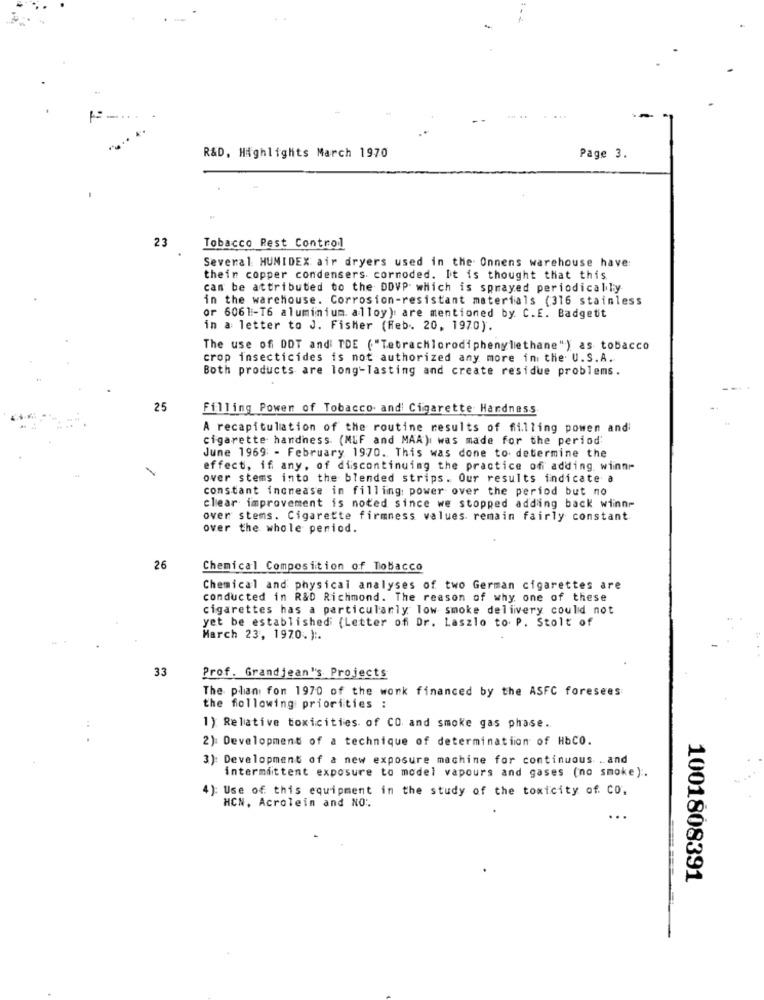
R&D, Highlights March 1970
Page 3.
23
Tobacco Rest Control
Several HUMIDEX air dryers used in the Onnens warehouse have:
thein copper condensers cornoded. It is thought that this
can be attributed to the DOVP which is sprayed periodically
in the warehouse. Corrosion-resistant materials (316 stainless
or 6061-T6 aluminium alloy): are mentioned by. C.E. Badgetit
in a letter to J. Fisher (feb. 20, 1970).
The use of DOT andi TDE ("Tetrachlorodiphenylethane") as tobacco
crop insecticides is not authorized any more in the U.S.A.
Both products are long-lasting and create residue problems.
25
Filling Powen of Tobacco. and Cigarette Hardness
A recapitulation of the routine results of filling powen and
cigarette handness (NLF and MAA), was made for the period;
June 1969: - February 1970. This was done to determine the
effect, if any, of discontinuing the practice of adding, winn
over stems into the blended strips. Our results indicate a
constant increase in filling power over the period but no
clear improvement is noted since we stopped adding back wiinn-
over stems. Cigarette firmness values. remain fairly constant
over the whole period.
26
Chemical Composition of Tobacco
Chemical and physical analyses of two German cigarettes are
conducted in R&D Richmond. The reason of why one of these
cigarettes has a particularly low smoke delivery could not
yet be established (Letter of Dr. Laszlo to. P. Stolt of
March 23, 1970.) :.
33
Prof. Grandjean's Projects
The plan fon 1970 of the wonk financed by the ASFC foresees
the following priorities :
1): Relative toxicities of CO and smoke gas phase.
2): Development of a technique of determination of HbCO.
3): Development of a new exposure machine for continuous .. and
intermittent exposure to model vapours and gases (no smoke) :.
4): Use of this equipment in the study of the toxicity of. Co.
HCN, Acrolein and NO.
1001808391